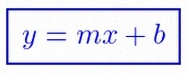
y=mx+b